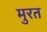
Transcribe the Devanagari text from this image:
मुरत